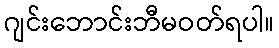
ဂျင်းဘောင်းဘီမဝတ်ရပါ။